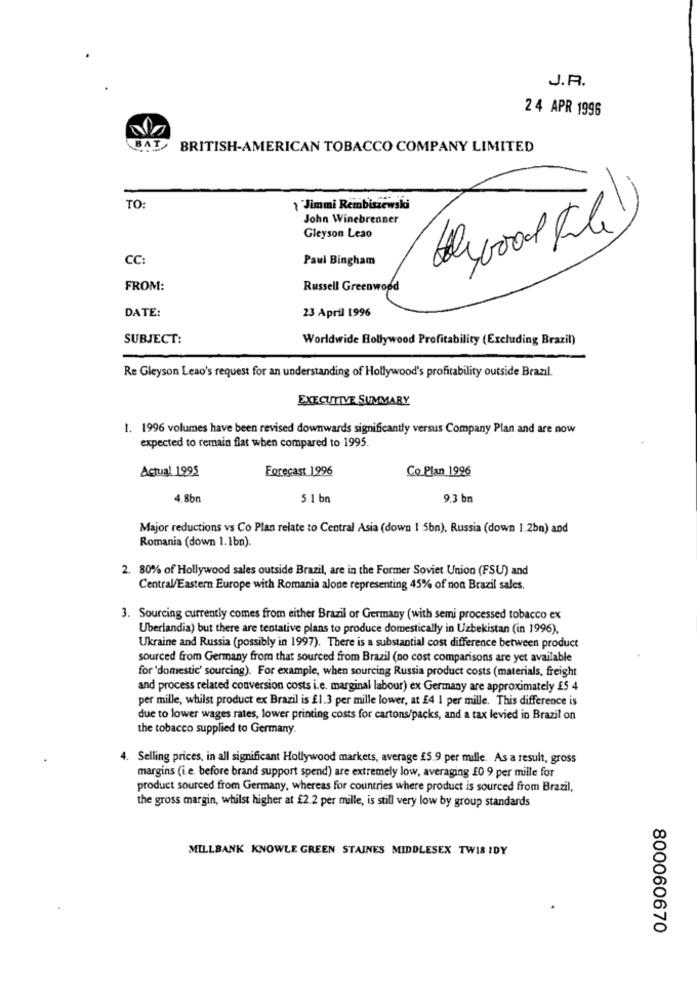
J.R.
24 APR 1996
BAT
BRITISH-AMERICAN TOBACCO COMPANY LIMITED
TO:
1 Jimmi Rembiszewski
John Winebrenner
Holywood File )
Gleyson Leao
CC:
Paul Bingham
FROM:
Russell Greenwood
DATE:
23 April 1996
SUBJECT:
Worldwide Hollywood Profitability (Excluding Brazil)
Re Gleyson Leao's request for an understanding of Hollywood's profitability outside Brazil.
EXECUTIVE SUMMARY
1. 1996 volumes have been revised downwards significantly versus Company Plan and are now
expected to remain flat when compared to 1995.
Actual 1995
Forecast 1996
Co Plan 1996
4.8bn
5.1 bn
9.3 bn
Major reductions vs Co Plan relate to Central Asia (down 1 5bn), Russia (down 1.2bn) and
Romania (down 1.1bn).
2. 80% of Hollywood sales outside Brazil, are in the Former Soviet Union (FSU) and
Central/Eastern Europe with Romania alone representing 45% of non Brazil sales.
3. Sourcing currently comes from either Brazil or Germany (with semi processed tobacco ex
Uberlandia) but there are tentative plans to produce domestically in Uzbekistan (in 1996).
Ukraine and Russia (possibly in 1997). There is a substantial cost difference between product
sourced from Germany from that sourced from Brazil (no cost comparisons are yet available
for 'domestic' sourcing). For example, when sourcing Russia product costs (materials, freight
and process related conversion costs i.e. marginal labour) ex Germany are approximately £5 4
per mille, whilst product ex Brazil is £1.3 per mille lower, at £4 1 per mille. This difference is
due to lower wages rates, lower printing costs for cartons/packs, and a tax levied in Brazil on
the tobacco supplied to Germany.
4. Selling prices, in all significant Hollywood markets, average £5.9 per mille. As a result, gross
margins (i.e. before brand support spend) are extremely low, averaging £0 9 per mille for
product sourced from Germany, whereas for countries where product is sourced from Brazil,
the gross margin, whilst higher at £2.2 per mille, is still very low by group standards
MILLBANK KNOWLE GREEN STAINES MIDDLESEX TW18 IDY
800060670